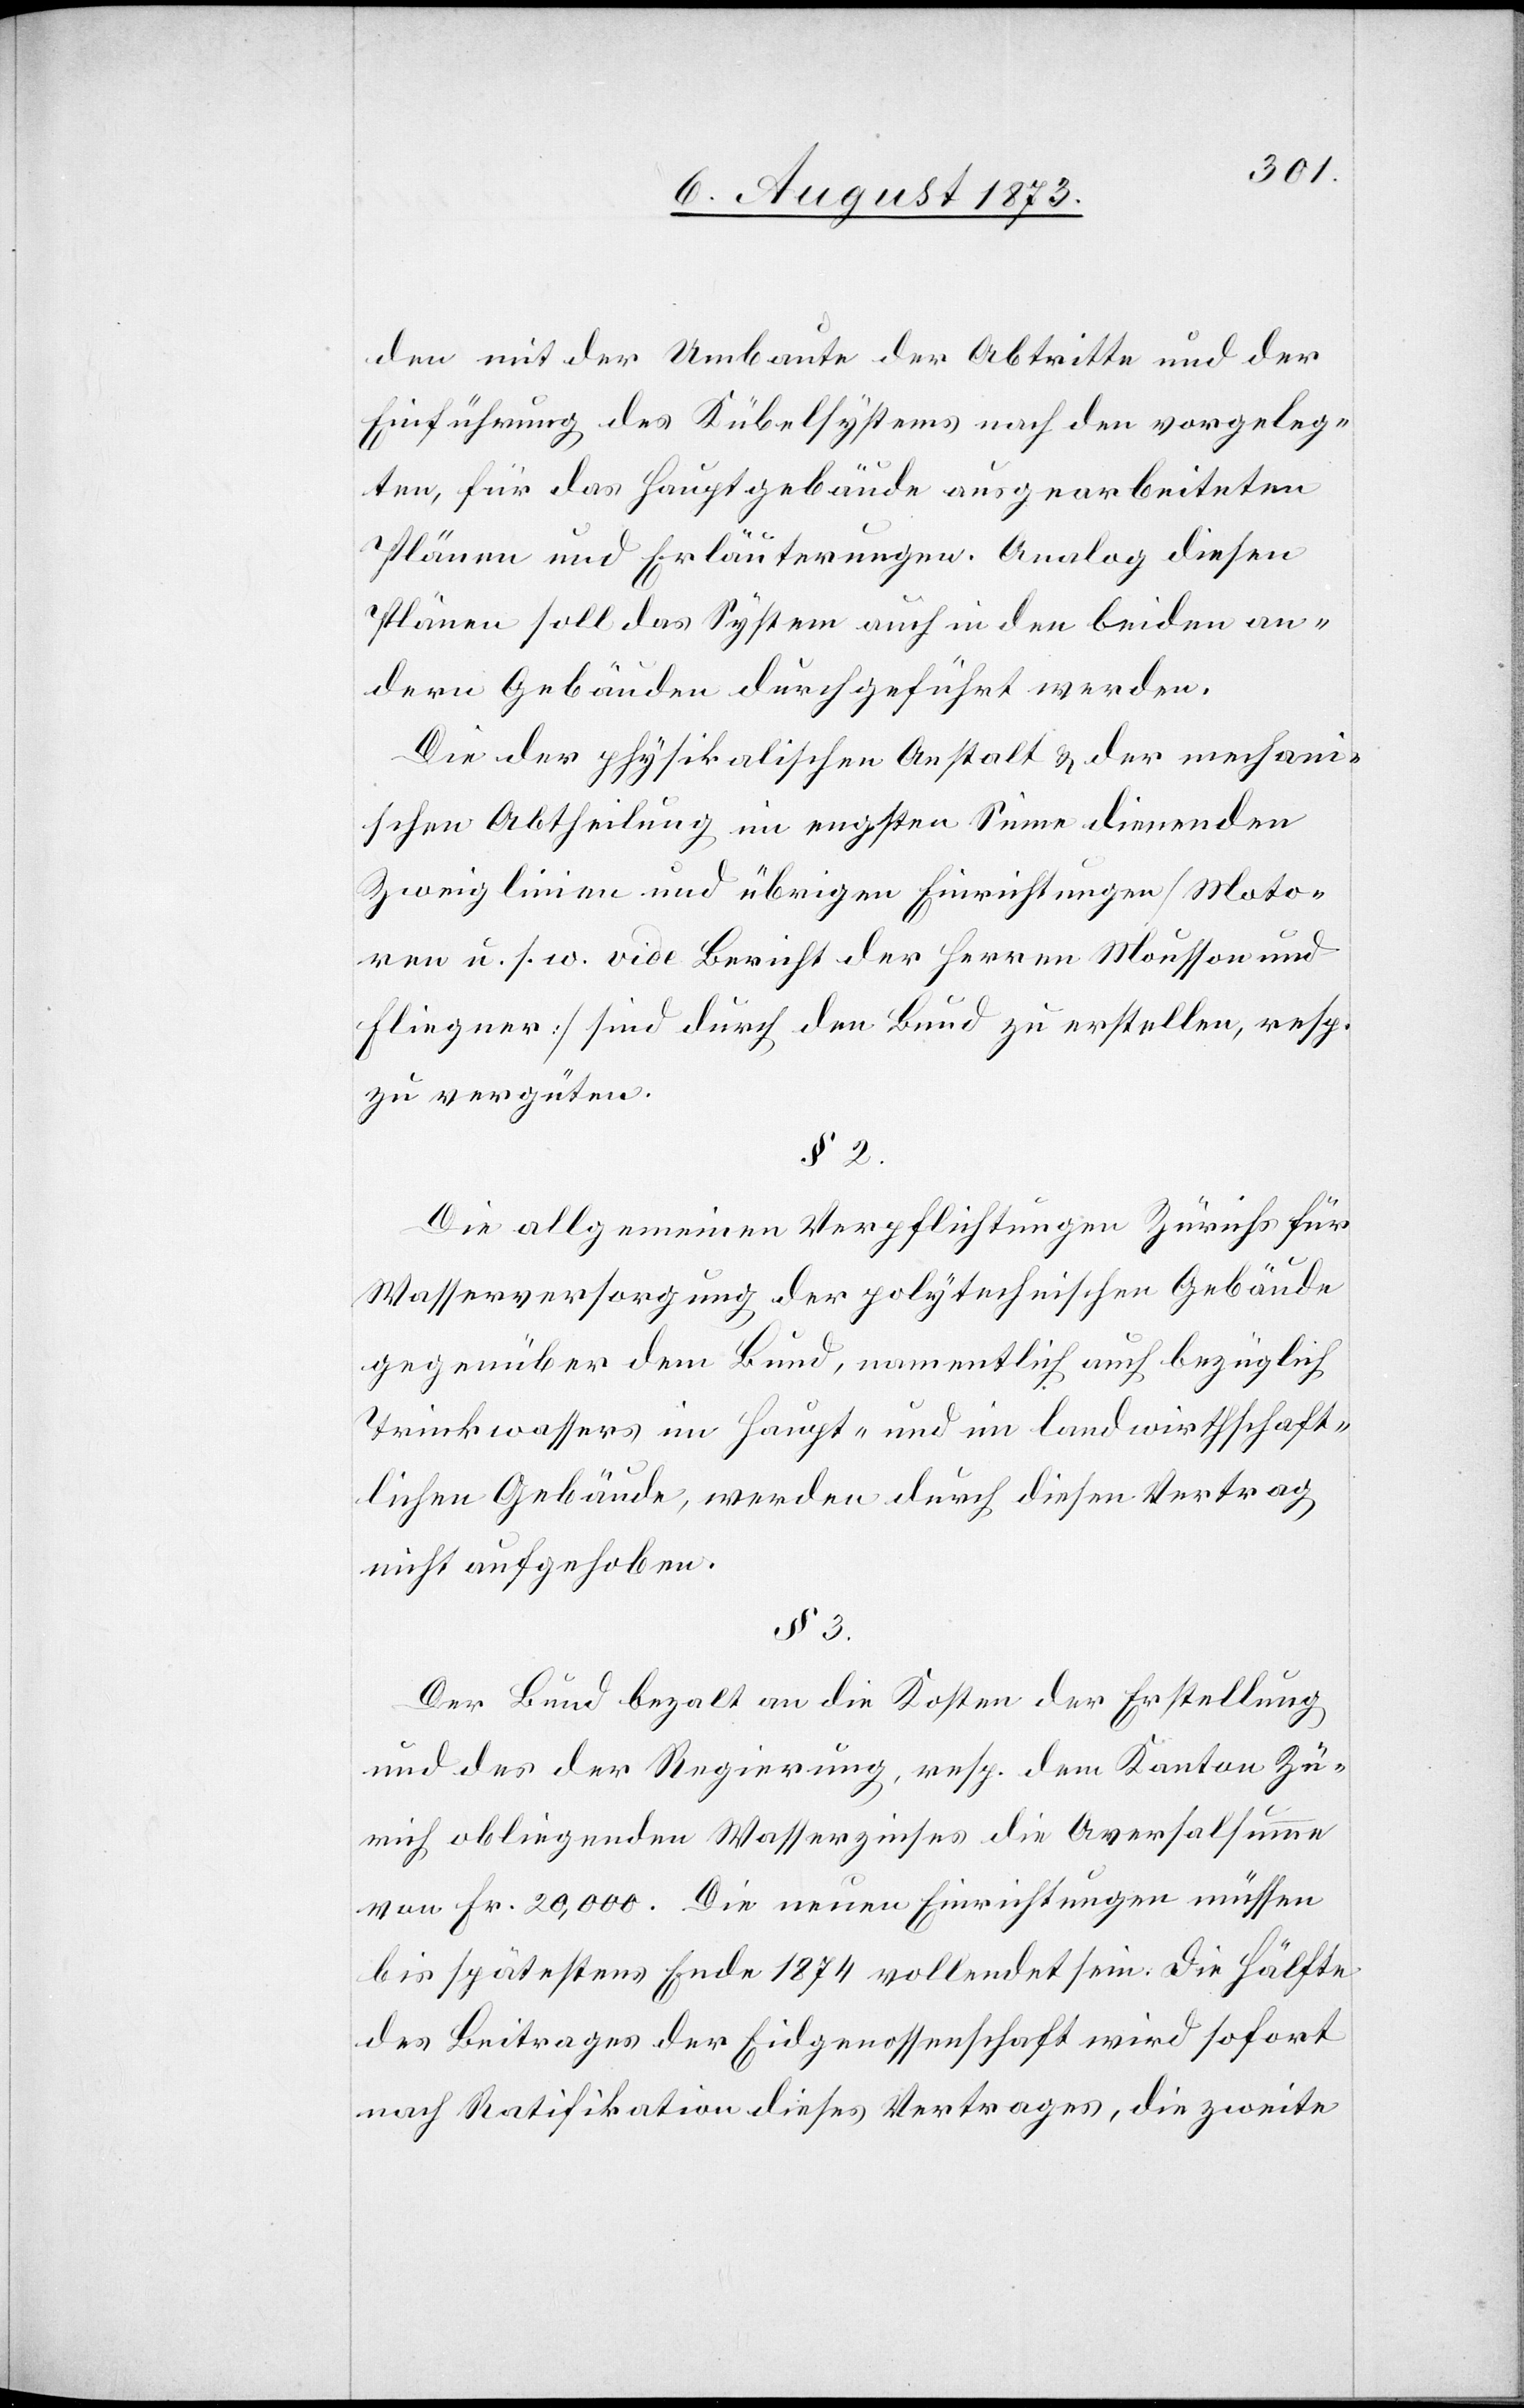
den mit der Umbaute der Abtritte und der
Einführung des Kübelsystems nach den vorgeleg¬
ten, für das Hauptgebäude ausgearbeiteten
Plänen und Erläuterungen. Analog diesen
Plänen soll das System auch in den beiden an¬
dern Gebäuden durchgeführt werden.
Die der physikalischen Anstalt & der mechan¬
ischen Abtheilung im engsten Sinne dienenden
Zweiglinien und übrigen Einrichtungen [Moto¬
ren u. s. w. vide Bericht der Herren Mousson und
Fliegner] sind durch den Bund zu erstellen, resp.
zu vergüten.
§ 2.
Die allgemeinen Verpflichtungen Zürichs für
Wasserversorgung der polytechnischen Gebäude
gegenüber dem Bund, namentlich auch bezüglich
Trinkwassers im Haupt- und im landwirthschaft¬
lichen Gebäude, werden durch diesen Vertrag
nicht aufgehoben.
§ 3.
Der Bund bezalt an die Kosten der Erstellung
und des der Regierung, resp. dem Kanton Zü¬
rich obliegenden Wasserzinses die Aversalsumme
von Fr. 20,000. Die neuen Einrichtungen müssen
bis spätestens Ende 1874 vollendet sein. Die Hälfte
des Beitrages der Eidgenossenschaft wird sofort
nach Ratifikation dieses Vertrages, die zweite